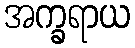
အက္ခရာယ